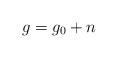
LaTeX: \begin{align*}g=g_0+n\end{align*}